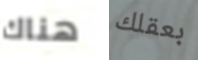
هناك بعقلك